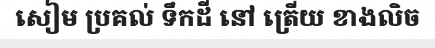
សៀម ប្រគល់ ទឹកដី នៅ ត្រើយ ខាងលិច